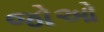
જોઓ